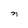
Character: n